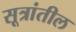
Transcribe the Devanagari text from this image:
सूत्रांतील